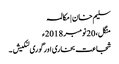
سلیم خان | مکالمہ
منگل، 20 نومبر 2018ء
شجاعت بخاری اور گوری لنکیش ۔